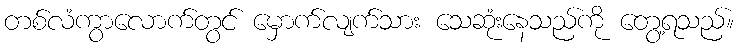
တစ်လံကွာလောက်တွင် မှောက်လျက်သား သေဆုံးနေသည်ကို တွေ့ရသည်။